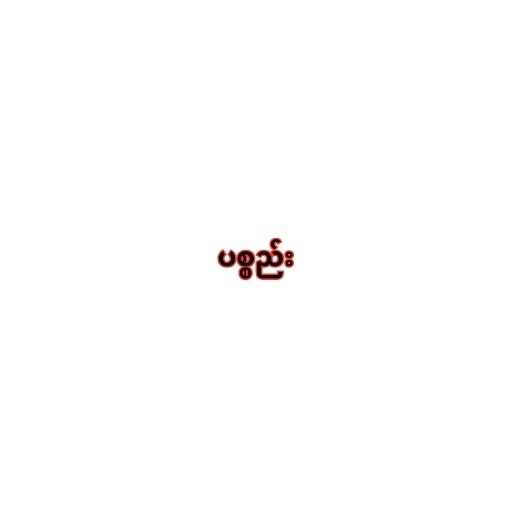
ပစ္စည်း